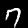
Label: 7